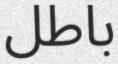
باطل